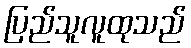
ပြည်သူလူထုသည်